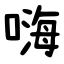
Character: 嗨